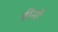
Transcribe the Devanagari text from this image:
हीनों